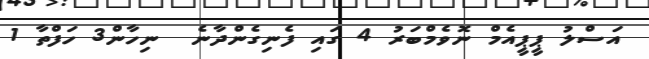
އަސްލު ޕީޕީއެމް ނޮވެމްބަރު 4 ގައި ފެނިގެންދާނެ  ނިހާން3 ހަފްތާ 1